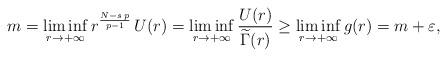
LaTeX: \begin{align*}m=\liminf_{r\to +\infty} r^{\frac{N-s\,p}{p-1}}\,U(r)=\liminf_{r\to +\infty} \frac{U(r)}{\widetilde\Gamma(r)}\geq \liminf_{r\to +\infty} g(r)= m+\varepsilon,\end{align*}